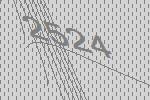
2524